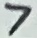
Text: 7